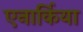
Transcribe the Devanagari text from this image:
एनार्किया